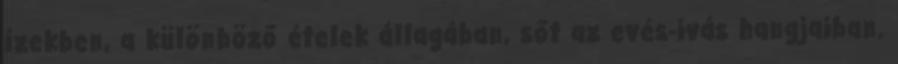
ízekben, a különböző ételek állagában, sőt az evés-ivás hangjaiban.